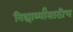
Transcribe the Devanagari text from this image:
विद्यार्थ्यांसाठीच